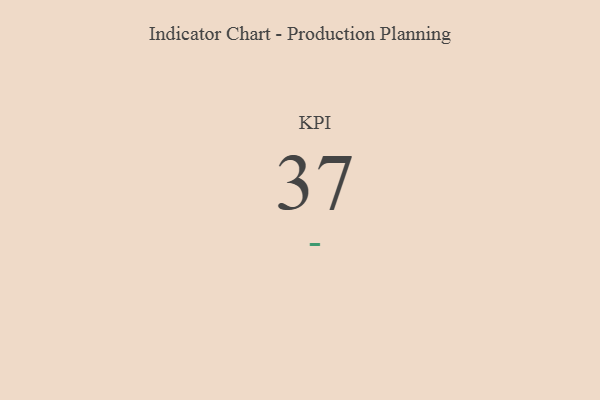
{"axis": {"x": "KPI", "y": "Value"}, "legend": [""], "data": [{"x": "KPI", "y": 37, "type": ""}]}